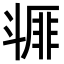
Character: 𣂇